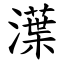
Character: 㵩